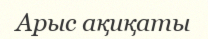
Арыс ақиқаты